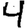
Digit: 4